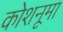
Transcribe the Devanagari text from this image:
कोशनूमा